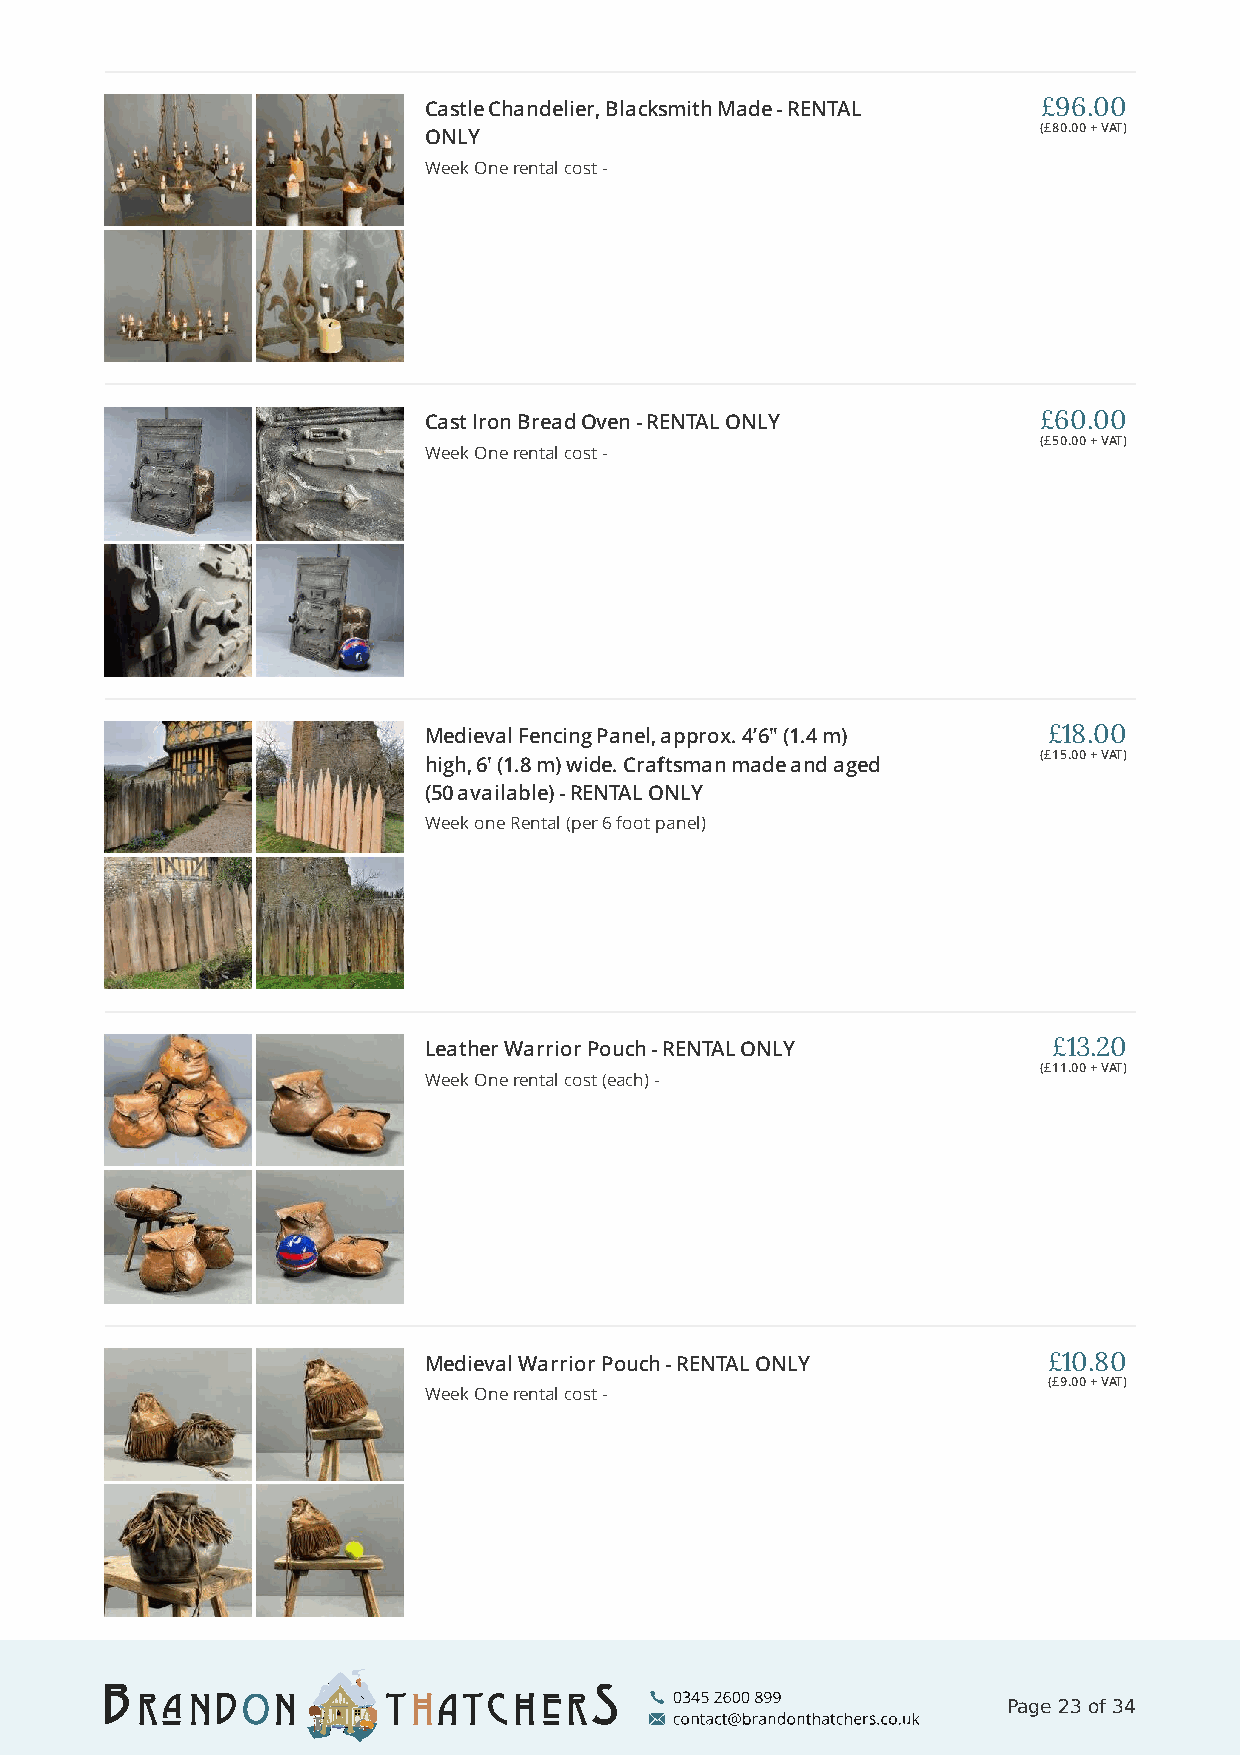
Castle Chandelier, Blacksmith Made - RENTAL £96.00
 (£80.00 + VAT)
 ONLY
 Week One rental cost -
 Cast Iron Bread Oven - RENTAL ONLY       £60.00
 (£50.00 + VAT)
 Week One rental cost -
 Medieval Fencing Panel, approx. 4’6" (1.4 m) £18.00
 (£15.00 + VAT)
 high, 6' (1.8 m) wide. Craftsman made and aged
 (50 available) - RENTAL ONLY
 Week one Rental (per 6 foot panel)
 Leather Warrior Pouch - RENTAL ONLY       £13.20
 (£11.00 + VAT)
 Week One rental cost (each) -
 Medieval Warrior Pouch - RENTAL ONLY     £10.80
 (£9.00 + VAT)
 Week One rental cost -
 Page 23 of 34